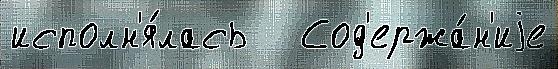
исполн'я́лась   Сод'ержа́н'иjе